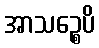
အာသဉ္စေပိ